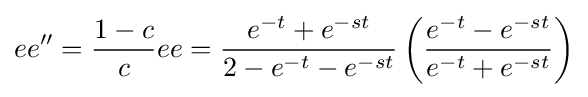
ee''={\frac {1-c}{c}}ee={\frac {e^{-t}+e^{-st}}{2-e^{-t}-e^{-st}}}\left({\frac {e^{-t}-e^{-st}}{e^{-t}+e^{-st}}}\right)